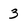
Character: 3